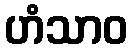
ဟံသာဝ